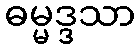
ဓမ္မဒ္ဒသာ